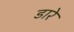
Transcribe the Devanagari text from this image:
डारे